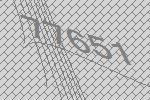
77651